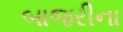
બાજરીના